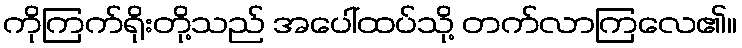
ကိုကြက်ရိုးတို့သည် အပေါ်ထပ်သို့ တက်လာကြလေ၏။